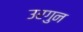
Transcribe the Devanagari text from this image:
उरगुन